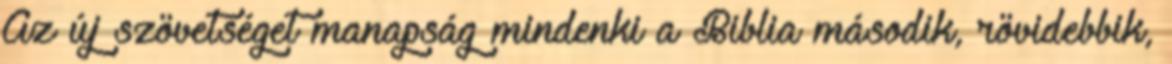
Az új szövetséget manapság mindenki a Biblia második, rövidebbik,